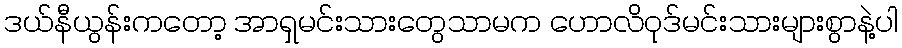
ဒယ်နီယွန်းကတော့ အာရှမင်းသားတွေသာမက ဟောလိဝုဒ်မင်းသားများစွာနဲ့ပါ